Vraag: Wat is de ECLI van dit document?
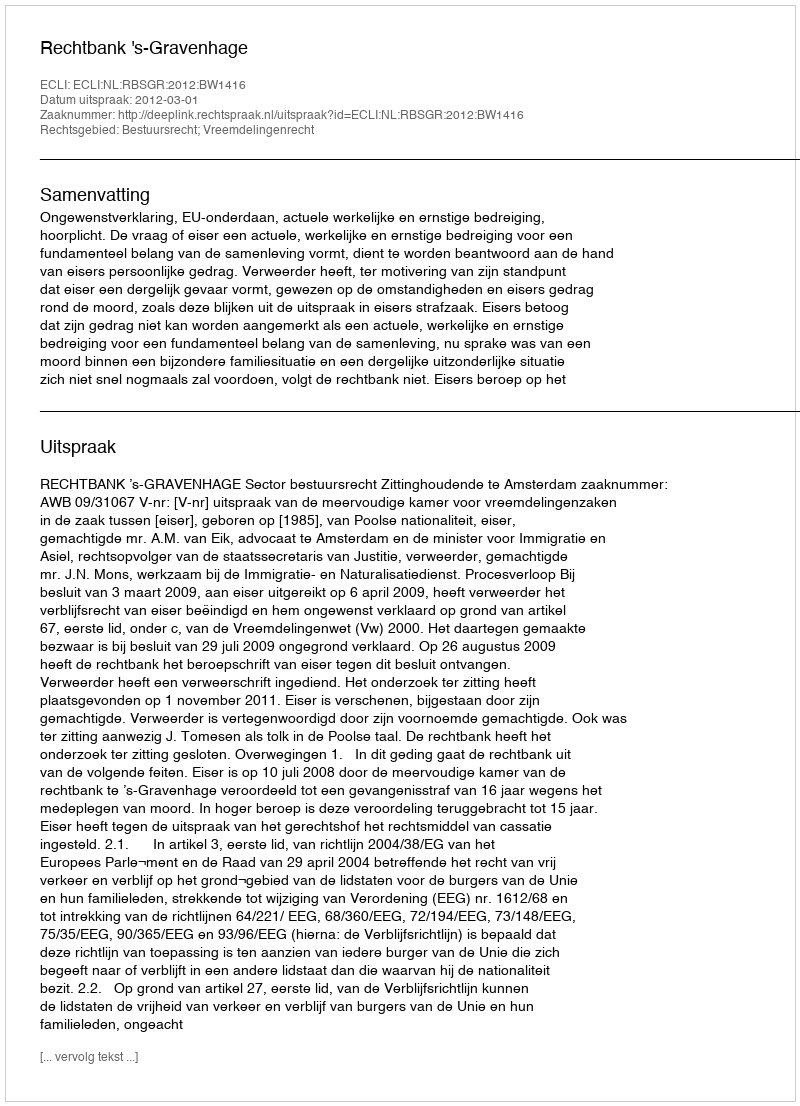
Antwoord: ECLI:NL:RBSGR:2012:BW1416